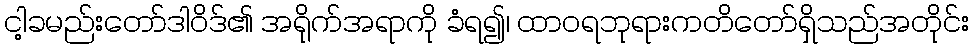
ငါ့ခမည်းတော်ဒါဝိဒ်၏ အရိုက်အရာကို ခံရ၍၊ ထာဝရဘုရားကတိတော်ရှိသည်အတိုင်း